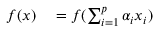
\begin{array} { r l } { f ( x ) } & { { } = f ( \sum _ { i = 1 } ^ { p } \alpha _ { i } x _ { i } ) } \end{array}